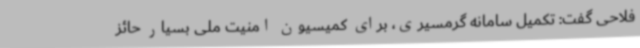
فلاحی گفت: تکمیل سامانه گرمسیری، برای کمیسیون امنیت ملی بسیار حائز